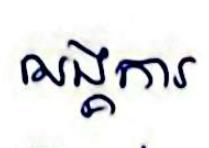
អង្គការ